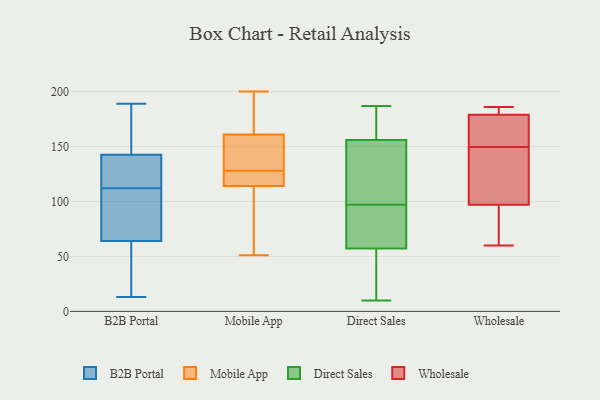
{"axis": {"x": "Churn Rate (%)", "y": "Value"}, "legend": ["B2B Portal", "Direct Sales", "Mobile App", "Wholesale"], "data": [{"x": "", "y": 85, "type": "B2B Portal"}, {"x": "", "y": 189, "type": "B2B Portal"}, {"x": "", "y": 150, "type": "B2B Portal"}, {"x": "", "y": 173, "type": "B2B Portal"}, {"x": "", "y": 74, "type": "B2B Portal"}, {"x": "", "y": 140, "type": "B2B Portal"}, {"x": "", "y": 13, "type": "B2B Portal"}, {"x": "", "y": 34, "type": "B2B Portal"}, {"x": "", "y": 139, "type": "B2B Portal"}, {"x": "", "y": 111, "type": "B2B Portal"}, {"x": "", "y": 133, "type": "B2B Portal"}, {"x": "", "y": 34, "type": "B2B Portal"}, {"x": "", "y": 112, "type": "B2B Portal"}, {"x": "", "y": 69, "type": "Mobile App"}, {"x": "", "y": 124, "type": "Mobile App"}, {"x": "", "y": 119, "type": "Mobile App"}, {"x": "", "y": 175, "type": "Mobile App"}, {"x": "", "y": 126, "type": "Mobile App"}, {"x": "", "y": 200, "type": "Mobile App"}, {"x": "", "y": 114, "type": "Mobile App"}, {"x": "", "y": 130, "type": "Mobile App"}, {"x": "", "y": 149, "type": "Mobile App"}, {"x": "", "y": 85, "type": "Mobile App"}, {"x": "", "y": 51, "type": "Mobile App"}, {"x": "", "y": 190, "type": "Mobile App"}, {"x": "", "y": 161, "type": "Mobile App"}, {"x": "", "y": 157, "type": "Mobile App"}, {"x": "", "y": 10, "type": "Direct Sales"}, {"x": "", "y": 56, "type": "Direct Sales"}, {"x": "", "y": 168, "type": "Direct Sales"}, {"x": "", "y": 169, "type": "Direct Sales"}, {"x": "", "y": 187, "type": "Direct Sales"}, {"x": "", "y": 157, "type": "Direct Sales"}, {"x": "", "y": 93, "type": "Direct Sales"}, {"x": "", "y": 13, "type": "Direct Sales"}, {"x": "", "y": 153, "type": "Direct Sales"}, {"x": "", "y": 61, "type": "Direct Sales"}, {"x": "", "y": 50, "type": "Direct Sales"}, {"x": "", "y": 77, "type": "Direct Sales"}, {"x": "", "y": 97, "type": "Direct Sales"}, {"x": "", "y": 113, "type": "Direct Sales"}, {"x": "", "y": 151, "type": "Direct Sales"}, {"x": "", "y": 186, "type": "Wholesale"}, {"x": "", "y": 186, "type": "Wholesale"}, {"x": "", "y": 179, "type": "Wholesale"}, {"x": "", "y": 160, "type": "Wholesale"}, {"x": "", "y": 106, "type": "Wholesale"}, {"x": "", "y": 60, "type": "Wholesale"}, {"x": "", "y": 83, "type": "Wholesale"}, {"x": "", "y": 97, "type": "Wholesale"}, {"x": "", "y": 143, "type": "Wholesale"}, {"x": "", "y": 156, "type": "Wholesale"}]}